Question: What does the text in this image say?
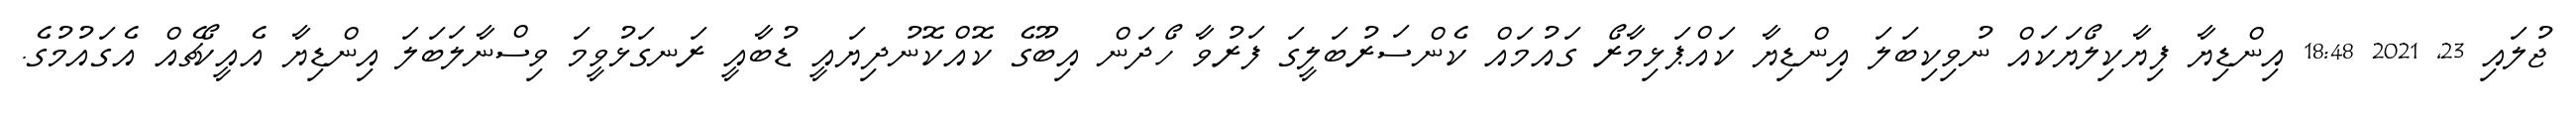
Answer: ޖުލައި 23, 2021 18:48 އިންޑިޔާ ފިޔާކިލޯޔަކައް ނުވިކިބަލަ އިންޑިޔާ ކައްޕަޅިމާރޯ ގައުމައް ކެންސަރުބަލީގަ ފަރުވާ ހޯދަން އިބޫގެ ކޮއްކޮނުދިޔައީ ޑުބާއީ ރަނގަޅުވީމަ ވިސްނާލަބަލަ އިންޑިޔާ އެއީކޯޗެއް އެގައުމުގެ.